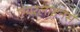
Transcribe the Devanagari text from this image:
एयरलाइनस